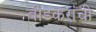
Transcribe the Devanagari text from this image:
बीडकरांची